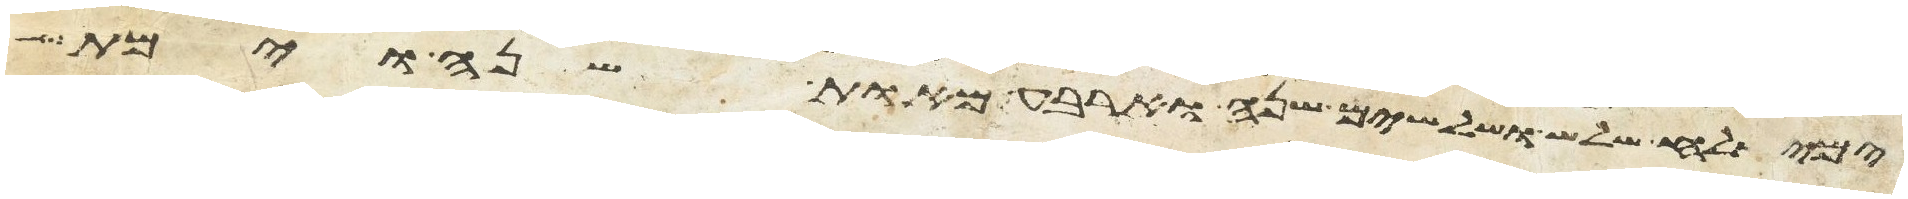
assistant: ימי שלח שלש ושלשים שנה וארבע מאות שנה וימת